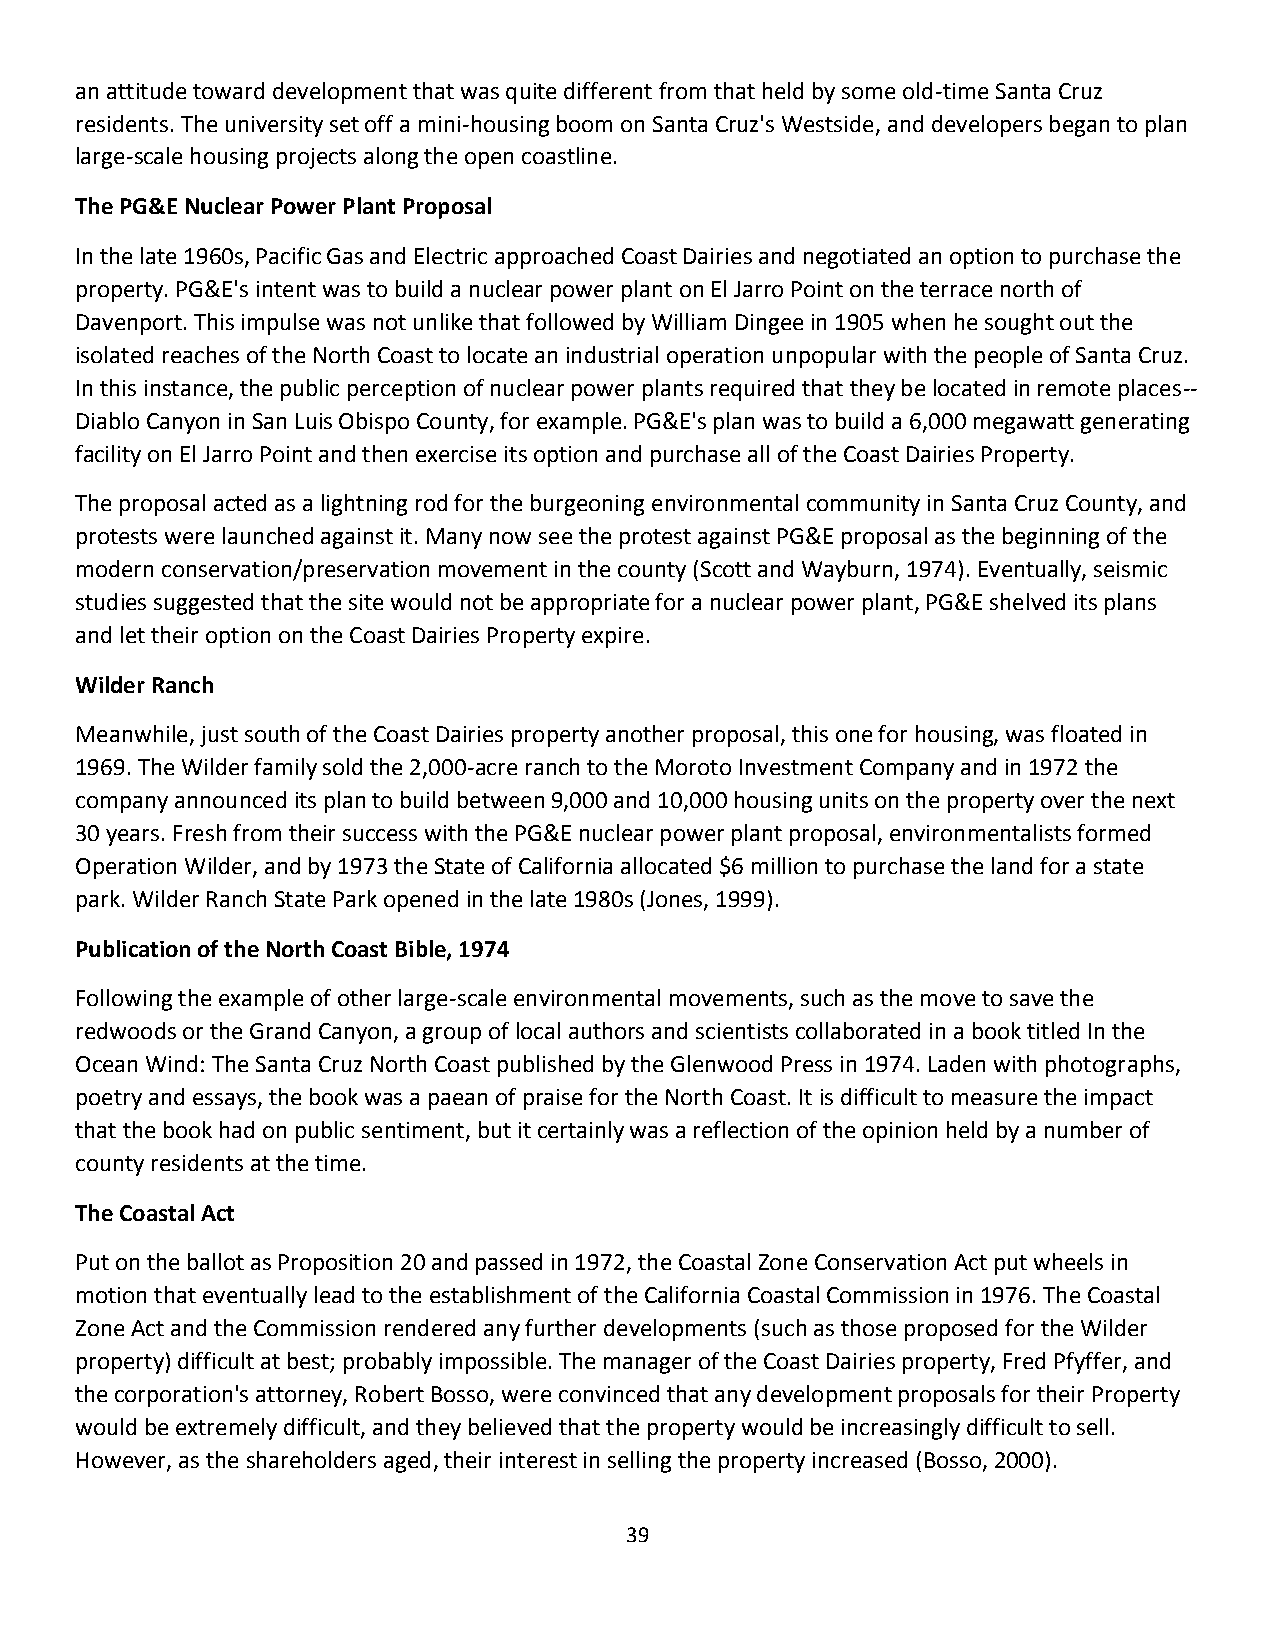
an attitude toward development that was quite different from that held by some old-time Santa Cruz
 residents. The university set off a mini-housing boom on Santa Cruz's Westside, and developers began to plan
 large-scale housing projects along the open coastline.
 The PG&E Nuclear Power Plant Proposal
 In the late 1960s, Pacific Gas and Electric approached Coast Dairies and negotiated an option to purchase the
 property. PG&E's intent was to build a nuclear power plant on El Jarro Point on the terrace north of
 Davenport. This impulse was not unlike that followed by William Dingee in 1905 when he sought out the
 isolated reaches of the North Coast to locate an industrial operation unpopular with the people of Santa Cruz.
 In this instance, the public perception of nuclear power plants required that they be located in remote places--
 Diablo Canyon in San Luis Obispo County, for example. PG&E's plan was to build a 6,000 megawatt generating
 facility on El Jarro Point and then exercise its option and purchase all of the Coast Dairies Property.
 The proposal acted as a lightning rod for the burgeoning environmental community in Santa Cruz County, and
 protests were launched against it. Many now see the protest against PG&E proposal as the beginning of the
 modern conservation/preservation movement in the county (Scott and Wayburn, 1974). Eventually, seismic
 studies suggested that the site would not be appropriate for a nuclear power plant, PG&E shelved its plans
 and let their option on the Coast Dairies Property expire.
 Wilder Ranch
 Meanwhile, just south of the Coast Dairies property another proposal, this one for housing, was floated in
 1969. The Wilder family sold the 2,000-acre ranch to the Moroto Investment Company and in 1972 the
 company announced its plan to build between 9,000 and 10,000 housing units on the property over the next
 30 years. Fresh from their success with the PG&E nuclear power plant proposal, environmentalists formed
 Operation Wilder, and by 1973 the State of California allocated $6 million to purchase the land for a state
 park. Wilder Ranch State Park opened in the late 1980s (Jones, 1999).
 Publication of the North Coast Bible, 1974
 Following the example of other large-scale environmental movements, such as the move to save the
 redwoods or the Grand Canyon, a group of local authors and scientists collaborated in a book titled In the
 Ocean Wind: The Santa Cruz North Coast published by the Glenwood Press in 1974. Laden with photographs,
 poetry and essays, the book was a paean of praise for the North Coast. It is difficult to measure the impact
 that the book had on public sentiment, but it certainly was a reflection of the opinion held by a number of
 county residents at the time.
 The Coastal Act
 Put on the ballot as Proposition 20 and passed in 1972, the Coastal Zone Conservation Act put wheels in
 motion that eventually lead to the establishment of the California Coastal Commission in 1976. The Coastal
 Zone Act and the Commission rendered any further developments (such as those proposed for the Wilder
 property) difficult at best; probably impossible. The manager of the Coast Dairies property, Fred Pfyffer, and
 the corporation's attorney, Robert Bosso, were convinced that any development proposals for their Property
 would be extremely difficult, and they believed that the property would be increasingly difficult to sell.
 However, as the shareholders aged, their interest in selling the property increased (Bosso, 2000).
 39